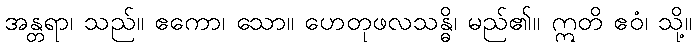
အန္တရာ၊ သည်။ ဧကော၊ သော။ ဟေတုဖလသန္ဓိ၊ မည်၏။ ဣတိ ဧဝံ၊ သို့။